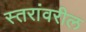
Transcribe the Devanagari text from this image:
स्‍तरांवरील